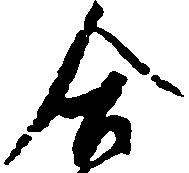
合